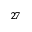
^ { 2 7 }